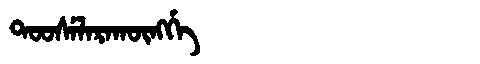
Manchu: ᡨᠣᠣᠰᡝᠯᠠᡵᠠᡴᡡᠩᡤᡝ
Romanization: TOOSELARAKŪNGGE